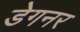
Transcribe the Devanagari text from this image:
डेगनर